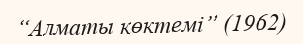
“Алматы көктемі” (1962)